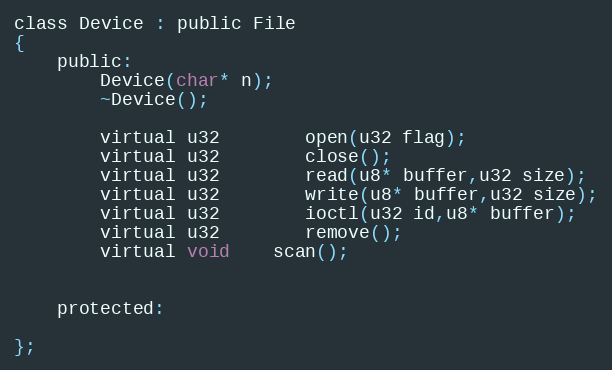
Language: C
class Device : public File
{
	public:
		Device(char* n);
		~Device();

		virtual u32		open(u32 flag);
		virtual u32		close();
		virtual u32		read(u8* buffer,u32 size);
		virtual u32		write(u8* buffer,u32 size);
		virtual u32		ioctl(u32 id,u8* buffer);
		virtual u32		remove();
		virtual void	scan();

	protected:

};